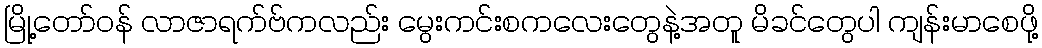
မြို့တော်ဝန် လာဇာရက်ဗ်ကလည်း မွေးကင်းစကလေးတွေနဲ့အတူ မိခင်တွေပါ ကျန်းမာစေဖို့